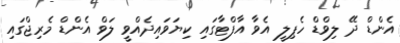
އެންޑް ދޭ ލިވްޑް ހެޕިލީ އެވާ އާފްޓާގައި ކިޔަވައިދެއްވީ ލަވް އެންޑް މެރިޖްގައި